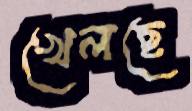
খেলছে